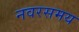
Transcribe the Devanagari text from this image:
नवरसमय